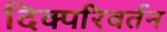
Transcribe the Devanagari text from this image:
दिक्परिवर्तन